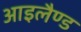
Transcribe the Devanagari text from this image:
आइलैण्‍ड